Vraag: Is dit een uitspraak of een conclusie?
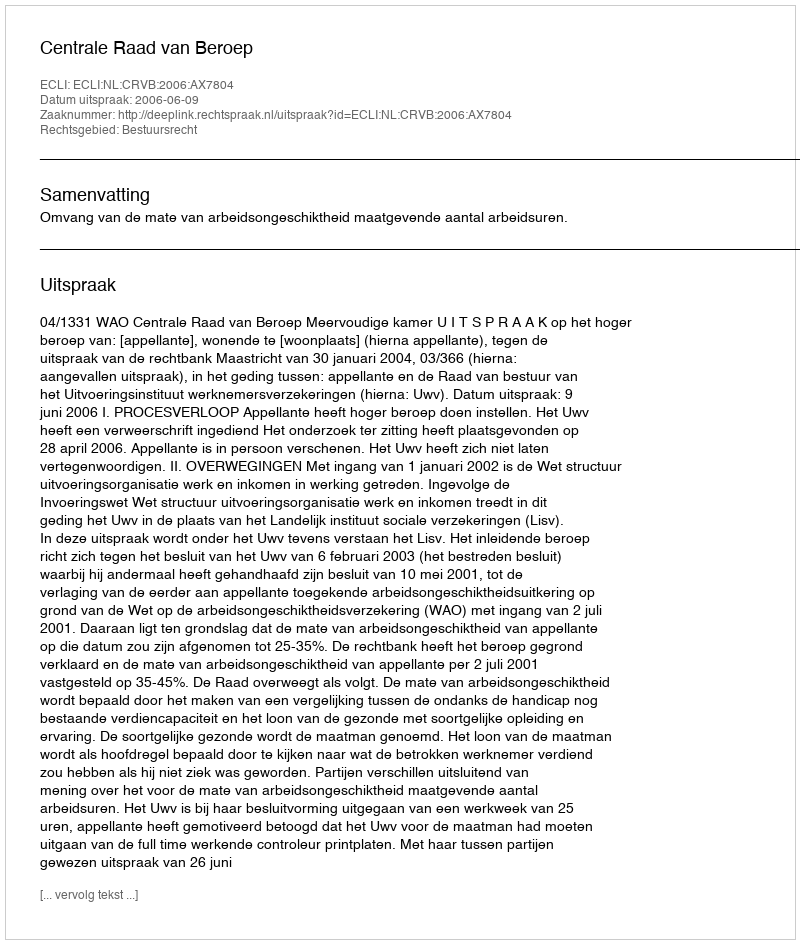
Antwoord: Uitspraak